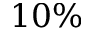
1 0 \%